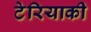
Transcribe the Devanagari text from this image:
टेरियाकी